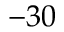
- 3 0